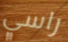
راسي